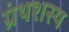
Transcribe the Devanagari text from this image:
ग्रंथशस्य